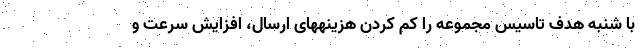
با شنبه هدف تاسیس مجموعه را کم کردن هزینههای ارسال، افزایش سرعت و